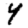
Digit: 4